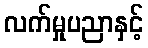
လက်မှုပညာနှင့်